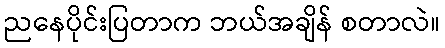
ညနေပိုင်းပြတာက ဘယ်အချိန် စတာလဲ။